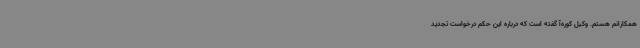
همکارانم هستم. وکیل کوره‌آ گفته است که درباره این حکم درخواست تجدید